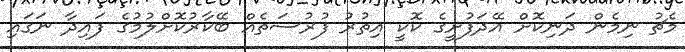
މެޗު ނިމެން ދަނިކޮށް އޭދަފުށީގެ ކޮކީ އިތުރު ފުރުސަތެއް ބޭކާރުކޮށްލުމުގެ ފައިދާ ނަގައި